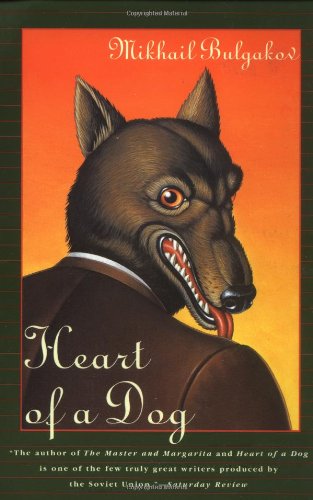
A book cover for Heart of a Dog; Mikhail Bulgakov; Literature & Fiction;